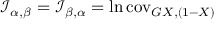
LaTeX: { \mathcal { I } } _ { \alpha , \beta } = { \mathcal { I } } _ { \beta , \alpha } = \ln \operatorname { c o v } _ { G { X , ( 1 - X ) } }